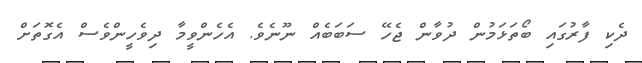
ދެކި ފާރުގައި ބޯތަޅަމުން ދުވާން ޖެހޭ ސަބަބެއް ނޫނެވެ. އެހެންވީމާ ދިވެހީންވެސް އެގޮތަށް